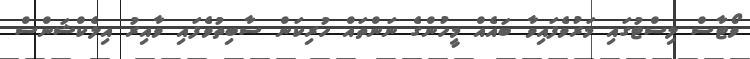
ވޯޓާސް ލިސްޓުގައި މަރުވެފައިވާ ބައެއް މީހުންގެ ނަންތައް ހުރިކަން ސާބިތުވެފައި ވާއިރު އިލެކްޝަންސް